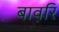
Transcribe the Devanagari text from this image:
बावरि